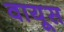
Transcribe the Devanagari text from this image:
वायूस